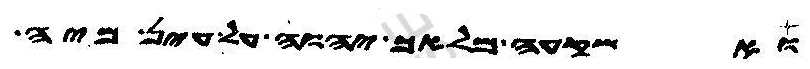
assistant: ואשקעה מלאך יהוה על עין מיה